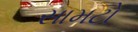
સામટો